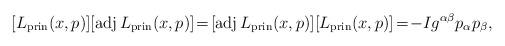
LaTeX: \begin{align*}[L_\mathrm{prin}(x,p)][\operatorname{adj}L_\mathrm{prin}(x,p)]\!=\![\operatorname{adj}L_\mathrm{prin}(x,p)][L_\mathrm{prin}(x,p)]\!=\!-Ig^{\alpha\beta}p_\alpha p_\beta,\end{align*}